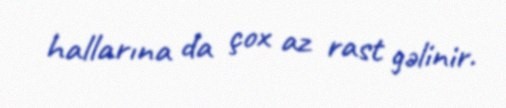
hallarına da çox az rast gəlinir.